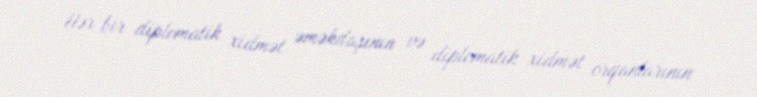
Hər bir diplomatik xidmət əməkdaşının və diplomatik xidmət orqanlarının